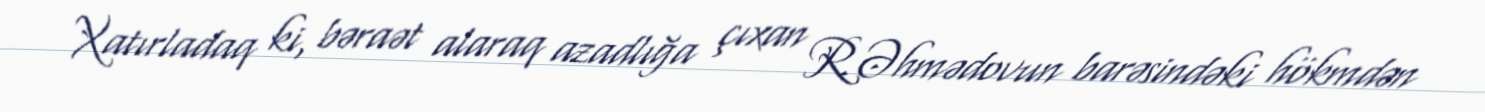
Xatırladaq ki, bəraət alaraq azadlığa çıxan R.Əhmədovun barəsindəki hökmdən